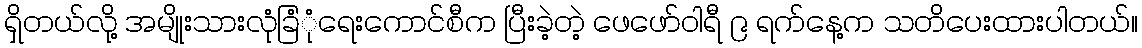
ရှိတယ်လို့ အမျိုးသားလုံခြံုံရေးကောင်စီက ပြီးခဲ့တဲ့ ဖေဖော်ဝါရီ ၉ ရက်နေ့က သတိပေးထားပါတယ်။